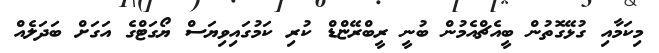
މިކަމާއި ގުޅޭގޮތުން ބީއެޗްއެމުން ބުނީ ރީބްރޭޏްޑް ކުރި ކަމުގައިވިޔަސް ޔޯގަޓްގެ އަގަށް ބަދަލެއް